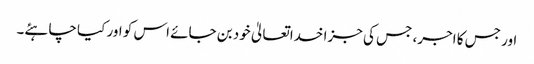
اور جس کا اجر، جس کی جزا خداتعالیٰ خود بن جائے اس کو اور کیا چاہئے۔